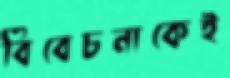
বিবেচনাকেই